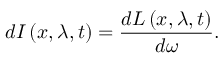
d I \left( x , \lambda , t \right) = \frac { d L \left( x , \lambda , t \right) } { d \omega } .